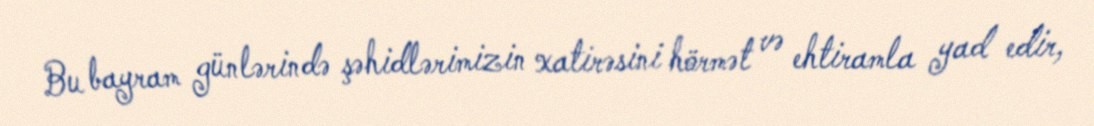
Bu bayram günlərində şəhidlərimizin xatirəsini hörmət və ehtiramla yad edir,